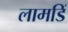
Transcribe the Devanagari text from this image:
लामडिं